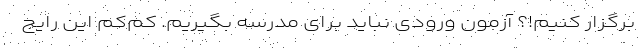
برگزار کنیم!؟ آزمون ورودی نباید برای مدرسه بگیریم. کم‌کم این رایج